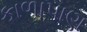
કાળાપાણ